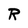
Character: R